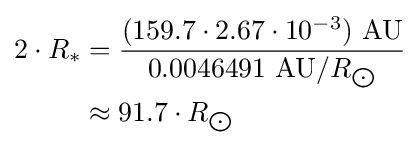
{\begin{aligned}2\cdot R_{*}&={\frac {(159.7\cdot 2.67\cdot 10^{-3})\ {\text{AU}}}{0.0046491\ {\text{AU}}/R_{\bigodot }}}\\&\approx 91.7\cdot R_{\bigodot }\end{aligned}}